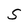
Character: S